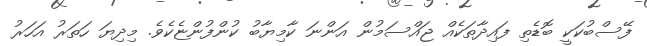
ފޭސްބުކަކީ ބޮޑެތި ފައިދާތަކެއް ޖައްސަމުން އަންނަ ކާމިޔާބު ކުންފުންޏެކެވެ. މިދިޔަ ހަތަރު އަހަރު